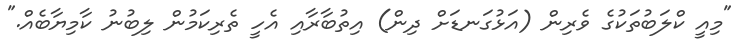
"މިއީ ކްލަބުތަކުގެ ވެރިން (އަޅުގަނޑަށް ދިން) އިތުބާރާއި އެހީ ތެރިކަމުން ލިބުނު ކާމިޔާބެއް."